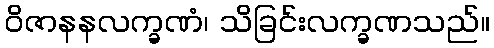
ဝိဇာနနလက္ခဏံ၊ သိခြင်းလက္ခဏသည်။